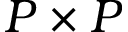
P \times P